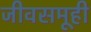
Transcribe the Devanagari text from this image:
जीवसमूही